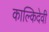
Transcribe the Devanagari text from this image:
काल्किदेवी